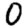
Digit: 0